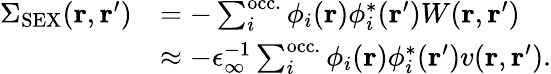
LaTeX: \begin{array}{rl}{\Sigma_{\mathrm{SEX}}(\mathbf{r},\mathbf{r}^{\prime})}&{=-\sum_{i}^{\mathrm{occ.}}\phi_{i}(\mathbf{r})\phi_{i}^{*}(\mathbf{r}^{\prime})W(\mathbf{r},\mathbf{r}^{\prime})}\\ &{\approx-\epsilon_{\infty}^{-1}\sum_{i}^{\mathrm{occ.}}\phi_{i}(\mathbf{r})\phi_{i}^{*}(\mathbf{r}^{\prime})v(\mathbf{r},\mathbf{r}^{\prime}).}\end{array}